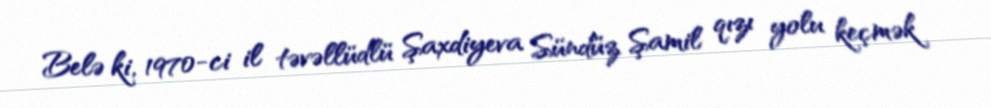
Belə ki, 1970-ci il təvəllüdlü Şaxdiyeva Sündüz Şamil qızı yolu keçmək